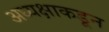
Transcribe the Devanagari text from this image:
अध्यक्षाकडून